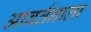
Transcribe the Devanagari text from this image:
आवर्तनाला